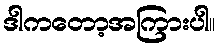
ဒါကတော့အကြားပါ။